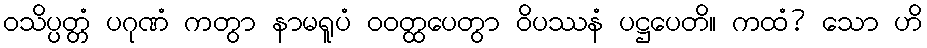
ဝသိပ္ပတ္တံ ပဂုဏံ ကတွာ နာမရူပံ ဝဝတ္ထပေတွာ ဝိပဿနံ ပဋ္ဌပေတိ။ ကထံ? သော ဟိ